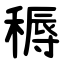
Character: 䅶